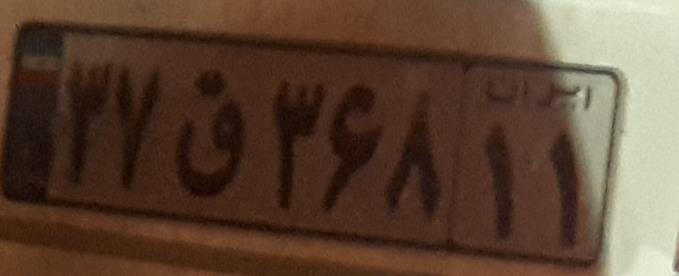
۳۷ق۳۶۸۱۱